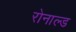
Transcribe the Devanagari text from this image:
रोनाल्‍ड